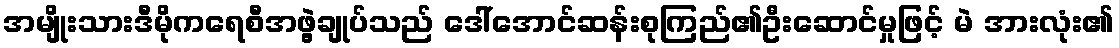
အမျိုးသားဒီမိုကရေစီအဖွဲ့ချုပ်သည် ဒေါ်အောင်ဆန်းစုကြည်၏ဦးဆောင်မှုဖြင့် မဲ အားလုံး၏